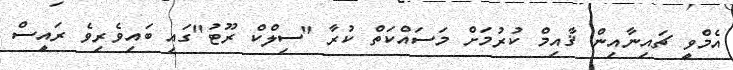
އެމްވީ ޗައިނާއިން ޤާއިމް ކުރުމަށް މަސައްކަތް ކުރާ "ސިލްކް ރޫޓު"ގައި ބައިވެރިވެ ރައީސް